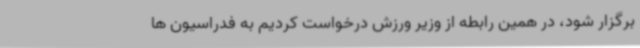
برگزار شود، در همین رابطه از وزیر ورزش درخواست کردیم به فدراسیون ها